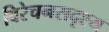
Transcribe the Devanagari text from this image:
विरेचनसदृश्य